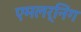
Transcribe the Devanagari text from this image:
एमलर्निंग